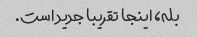
بله، اینجا تقریبا جدید است.